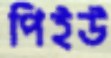
পিইউ